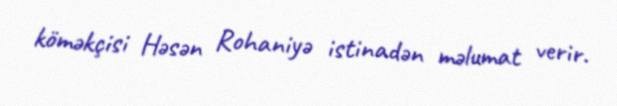
köməkçisi Həsən Rohaniyə istinadən məlumat verir.